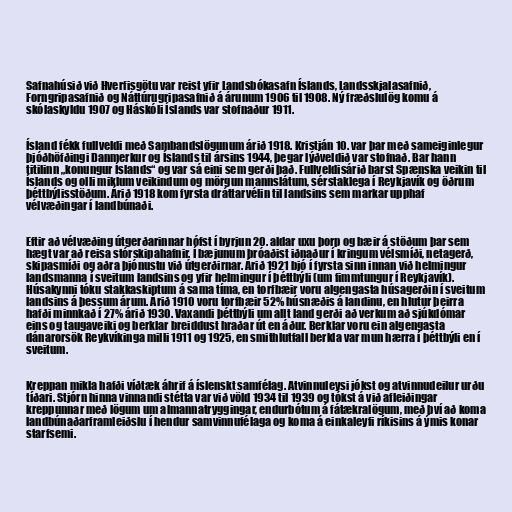
Safnahúsið við Hverfisgötu var reist yfir Landsbókasafn Íslands, Landsskjalasafnið,
Forngripasafnið og Náttúrugripasafnið á árunum 1906 til 1908. Ný fræðslulög komu á
skólaskyldu 1907 og Háskóli Íslands var stofnaður 1911.

Ísland fékk fullveldi með Sambandslögunum árið 1918. Kristján 10. var þar með sameiginlegur
þjóðhöfðingi Danmerkur og Íslands til ársins 1944, þegar lýðveldið var stofnað. Bar hann
titilinn „konungur Íslands“ og var sá eini sem gerði það. Fullveldisárið barst Spænska veikin til
Íslands og olli miklum veikindum og mörgun mannslátum, sérstaklega í Reykjavík og öðrum
þéttbýlisstöðum. Árið 1918 kom fyrsta dráttarvélin til landsins sem markar upphaf
vélvæðingar í landbúnaði.

Eftir að vélvæðing útgerðarinnar hófst í byrjun 20. aldar uxu þorp og bæir á stöðum þar sem
hægt var að reisa stórskipahafnir. Í bæjunum þróaðist iðnaður í kringum vélsmíði, netagerð,
skipasmíði og aðra þjónustu við útgerðirnar. Árið 1921 bjó í fyrsta sinn innan við helmingur
landsmanna í sveitum landsins og yfir helmingur í þéttbýli (um fimmtungur í Reykjavík).
Húsakynni tóku stakkaskiptum á sama tíma, en torfbæir voru algengasta húsagerðin í sveitum
landsins á þessum árum. Árið 1910 voru torfbæir 52% húsnæðis á landinu, en hlutur þeirra
hafði minnkað í 27% árið 1930. Vaxandi þéttbýli um allt land gerði að verkum að sjúkdómar
eins og taugaveiki og berklar breiddust hraðar út en áður. Berklar voru ein algengasta
dánarorsök Reykvíkinga milli 1911 og 1925, en smithlutfall berkla var mun hærra í þéttbýli en í
sveitum.

Kreppan mikla hafði víðtæk áhrif á íslenskt samfélag. Atvinnuleysi jókst og atvinnudeilur urðu
tíðari. Stjórn hinna vinnandi stétta var við völd 1934 til 1939 og tókst á við afleiðingar
kreppunnar með lögum um almannatryggingar, endurbótum á fátækralögum, með því að koma
landbúnaðarframleiðslu í hendur samvinnufélaga og koma á einkaleyfi ríkisins á ýmis konar
starfsemi.